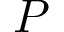
P